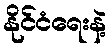
နိုင်ငံရေးနဲ့